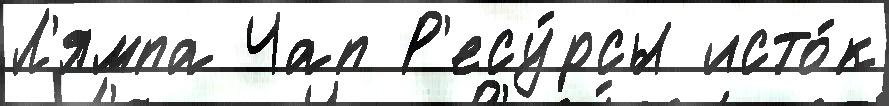
Л'ямпа Чап Р'есу́рсы исто́к